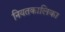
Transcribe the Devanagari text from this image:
नियतकालिका